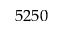
5 2 5 0